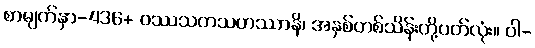
စာမျက်နှာ-436+ ဝဿသတသဟဿာနိ၊ အနှစ်တစ်သိန်းတို့ပတ်လုံး။ ဝါ-